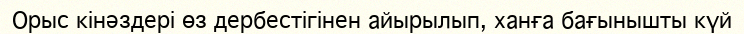
Орыс кінәздері өз дербестігінен айырылып, ханға бағынышты күй